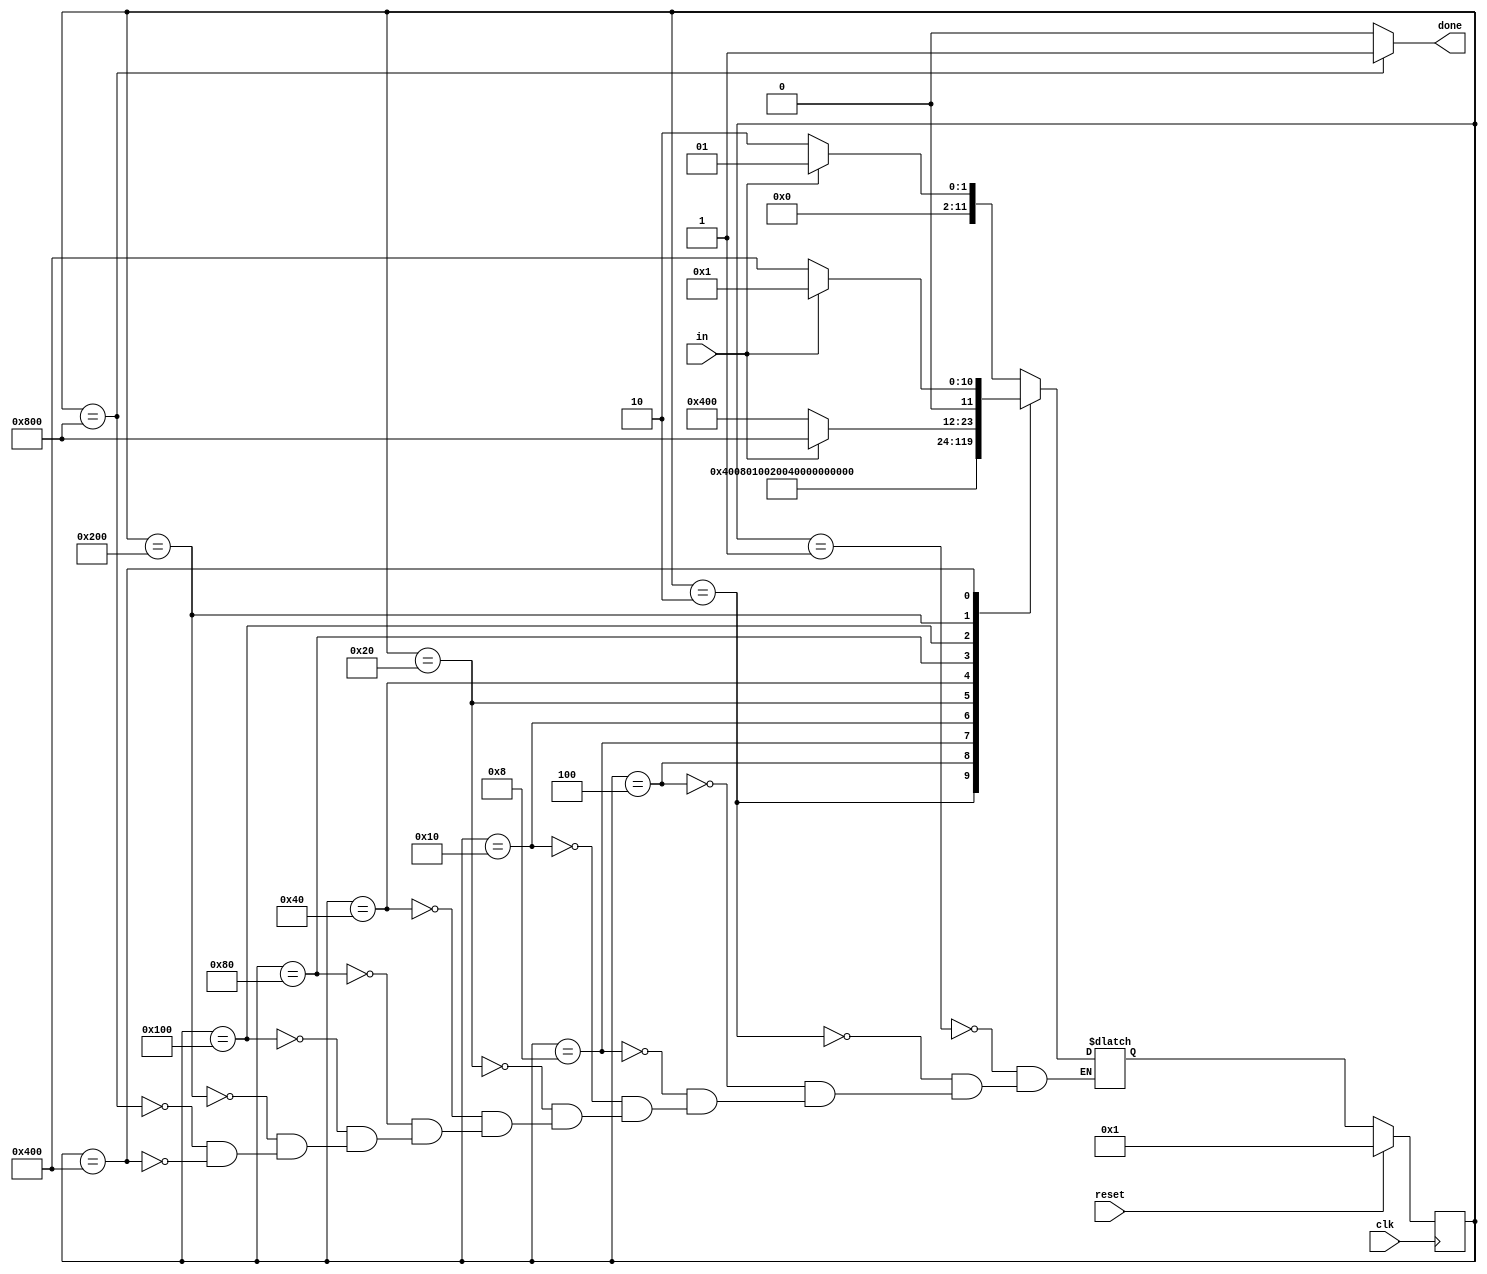
module top_module(
    input clk,
    input in,
    input reset,    // Synchronous reset
    output reg done
); 
    parameter idle=12'b000000_00000_1;
    parameter start=12'b000000_00001_0;
    parameter data1=12'b000000_00010_0;
    parameter data2=12'b000000_00100_0;
    parameter data3=12'b000000_01000_0;
    parameter data4=12'b000000_10000_0;
    parameter data5=12'b000001_00000_0;
    parameter data6=12'b000010_00000_0;
    parameter data7=12'b000100_00000_0;
    parameter data8=12'b001000_00000_0;
    parameter error=12'b01000_00000_00;
    parameter stop=12'b10000_00000_00;
    reg[11:0]state;
    reg [11:0]next;
    always @(posedge clk ) begin
        if (reset) begin
            state<=idle;
        end
        else  begin
            state<=next;
        end
    end
    always @(*) begin
        case(state)
        idle:next=(in==1'b1)?idle:start;
        start:next=data1;
        data1:next=data2;
        data2:next=data3;
        data3:next=data4;
        data4:next=data5;
        data5:next=data6;
        data6:next=data7;
        data7:next=data8;
        data8:next=(in==1'b1)?stop:error;
        stop:next=(in==1'b0)?start:idle;
        error:next=(in==1'b0)?error:idle;
        endcase
    end
    /*always @(posedge clk ) begin
        if (reset) begin
            done<=1'b0;
        end
        else if (state==stop)begin
            done<=1'b1;
        end
        else begin
            done<=1'b0;
        end
    end*/
    assign done = (state==stop)?1'b1:1'b0;
endmodule